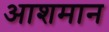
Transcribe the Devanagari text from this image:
आशमान